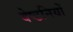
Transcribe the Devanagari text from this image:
वेष्टनियों